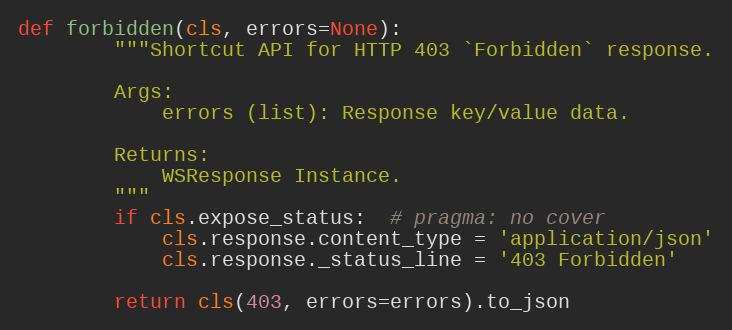
Language: Python
def forbidden(cls, errors=None):
        """Shortcut API for HTTP 403 `Forbidden` response.

        Args:
            errors (list): Response key/value data.

        Returns:
            WSResponse Instance.
        """
        if cls.expose_status:  # pragma: no cover
            cls.response.content_type = 'application/json'
            cls.response._status_line = '403 Forbidden'

        return cls(403, errors=errors).to_json